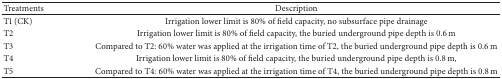
<table><thead><tr><td><b>Treatments</b></td><td><b>Description</b></td></tr></thead><tbody><tr><td>T1 (CK)</td><td>Irrigation lower limit is 80% of field capacity, no subsurface pipe drainage</td></tr><tr><td>T2</td><td>Irrigation lower limit is 80% of field capacity, the buried underground pipe depth is 0.6 m</td></tr><tr><td>T3</td><td>Compared to T2: 60% water was applied at the irrigation time of T2, the buried underground pipe depth is 0.6 m </td></tr><tr><td>T4</td><td>Irrigation lower limit is 80% of field capacity, the buried underground pipe depth is 0.8 m, </td></tr><tr><td>T5</td><td>Compared to T4: 60% water was applied at the irrigation time of T4, the buried underground pipe depth is 0.8 m </td></tr></tbody></table>